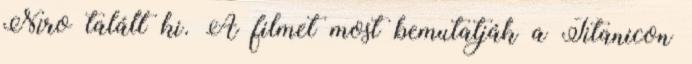
Niro talált ki. A filmet most bemutatják a Titanicon